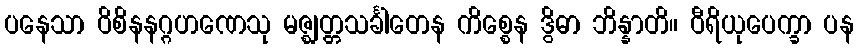
ပနေသာ ဝိစိနနဂ္ဂဟဏေသု မဇ္ဈတ္တသင်္ခါတေန ကိစ္စေန ဒွိဓာ ဘိန္နာတိ။ ဝီရိယုပေက္ခာ ပန